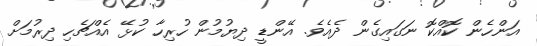
އަންހެން ކޮއްކޮ ނަގައިގެން ދެއެވެ. އޭންޑީ ދިޔުމުން ހުރިހާ ކުޅޭ އެއްޗެހި ދިރުމަށް